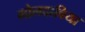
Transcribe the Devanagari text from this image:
मोलदाविया